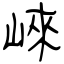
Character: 崍